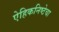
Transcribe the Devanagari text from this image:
ऐहिकनिष्ठेचा